画像に写った文字を読んでください
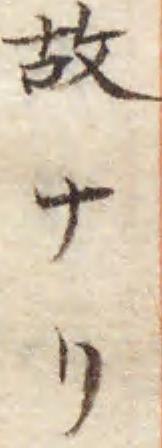
「故ナリ」と書いてあります